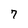
Character: 7